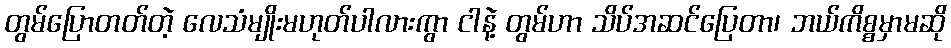
တွမ်ပြောတတ်တဲ့ လေသံမျိုးမဟုတ်ပါလားကွာ ငါနဲ့ တွမ်ဟာ သိပ်အဆင်ပြေတာ၊ ဘယ်ကိစ္စမှာမဆို